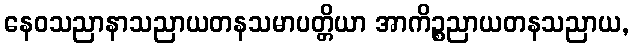
နေဝသညာနာသညာယတနသမာပတ္တိယာ အာကိဉ္စညာယတနသညာယ,